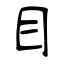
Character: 目